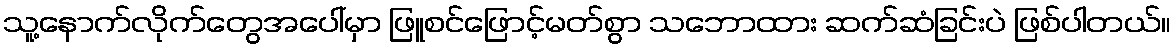
သူ့နောက်လိုက်တွေအပေါ်မှာ ဖြူစင်ဖြောင့်မတ်စွာ သဘောထား ဆက်ဆံခြင်းပဲ ဖြစ်ပါတယ်။